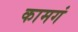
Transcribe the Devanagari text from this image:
कामगं